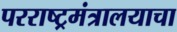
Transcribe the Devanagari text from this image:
परराष्ट्रमंत्रालयाचा